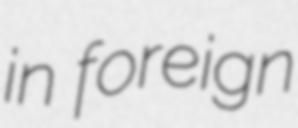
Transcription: in foreign